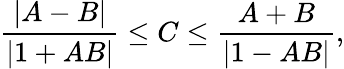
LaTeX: {\frac{|A-B|}{|1+AB|}}\leq C\leq{\frac{A+B}{|1-AB|}},